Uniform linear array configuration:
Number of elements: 8
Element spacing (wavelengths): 0.5
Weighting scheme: kaiser
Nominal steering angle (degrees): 45
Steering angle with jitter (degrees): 45.974
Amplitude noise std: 0.05
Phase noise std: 0.05

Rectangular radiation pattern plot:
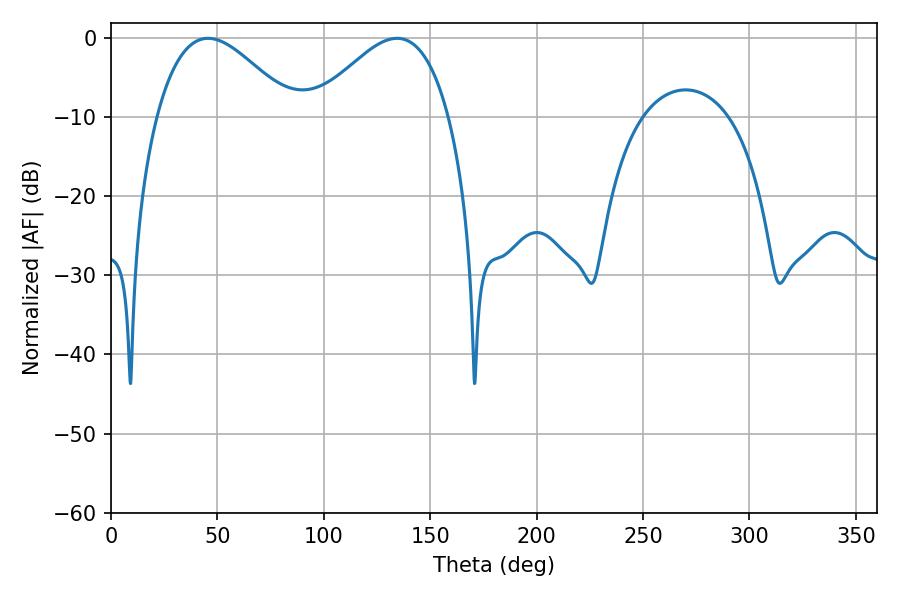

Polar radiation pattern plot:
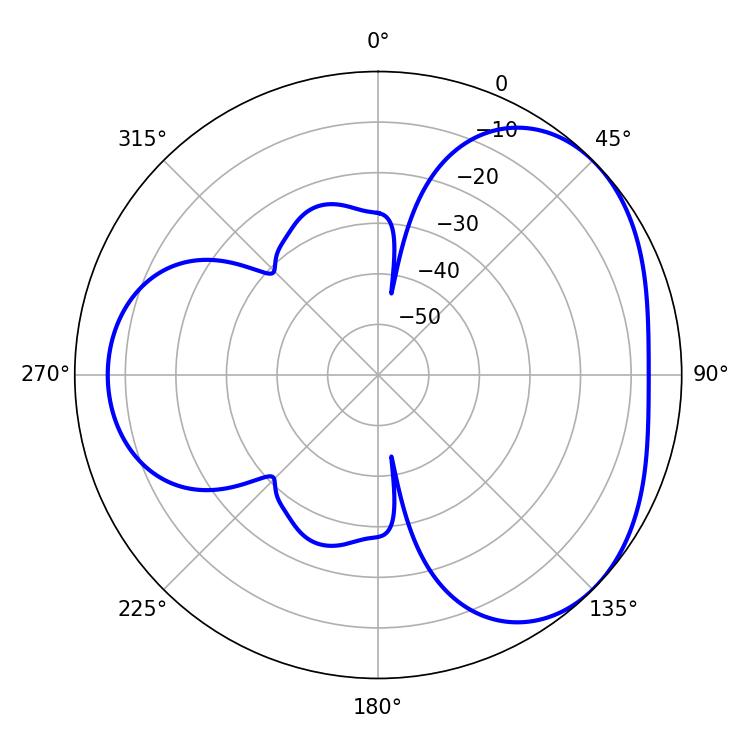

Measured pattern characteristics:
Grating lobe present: FALSE
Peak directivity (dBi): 3.653
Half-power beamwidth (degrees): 34.56
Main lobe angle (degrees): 45.54